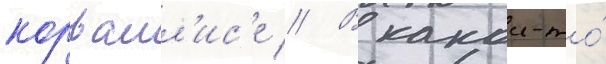
корвалл'ис'е // В какои-то́